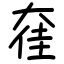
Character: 㚝